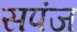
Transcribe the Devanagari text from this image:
सपंज